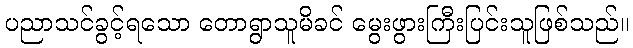
ပညာသင်ခွင့်ရသော တောရွာသူမိခင် မွေးဖွားကြီးပြင်းသူဖြစ်သည်။